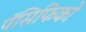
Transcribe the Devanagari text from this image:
पॅसिफिको